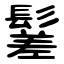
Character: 䰈